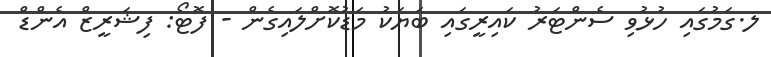
ލ.ގަމުގައި ހުޅުވި ސެންޓަރު ކައިރީގައި ބަޔަކު މަޑުކޮށްލައިގެން - ފޮޓޯ: ފިޝަރީޒް އެންޑް